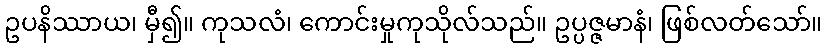
ဥပနိဿာယ၊ မှီ၍။ ကုသလံ၊ ကောင်းမှုကုသိုလ်သည်။ ဥပ္ပဇ္ဇမာနံ၊ ဖြစ်လတ်သော်။